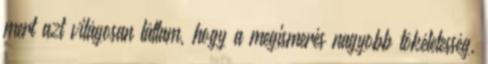
mert azt világosan láttam, hogy a megismerés nagyobb tökéletesség,